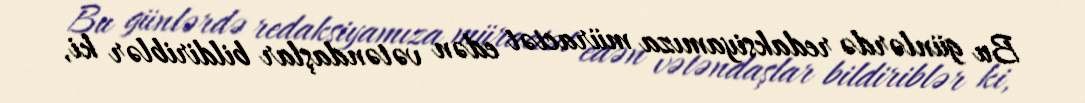
Bu günlərdə redaksiyamıza müraciət edən vətəndaşlar bildiriblər ki,